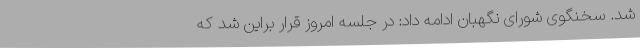
شد. سخنگوی شورای نگهبان ادامه داد: در جلسه امروز قرار براین شد که